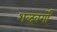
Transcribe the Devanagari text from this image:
शब्दवर्गों